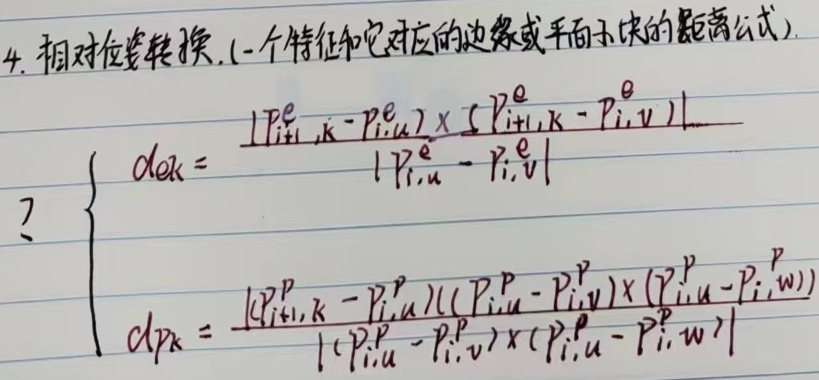
4. 相对位置转换. (一个特征和它对应的边缘或平面子块的距离公式)
\[
\begin{cases}
d_{ek} = \frac{\vert (P_{i + 1, k}^{e} - P_{i, u}^{e}) \times (P_{i + 1, k}^{e} - P_{i, v}^{e}) \vert}{\vert P_{i, u}^{e} - P_{i, v}^{e} \vert} \\
d_{pk} = \frac{\vert (P_{i + 1, k}^{p} - P_{i, u}^{p})((P_{i, u}^{p} - P_{i, v}^{p}) \times (P_{i, u}^{p} - P_{i, w}^{p})) \vert}{\vert (P_{i, u}^{p} - P_{i, v}^{p}) \times (P_{i, u}^{p} - P_{i, w}^{p}) \vert}
\end{cases}
\]
？